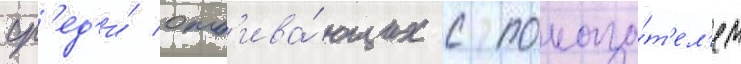
ср'ед'и́ отб'ива́ющих с показа́т'ел'ем